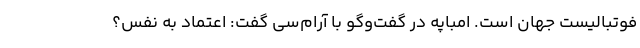
فوتبالیست جهان است. امباپه در گفت‌وگو با آرام‌سی گفت: اعتماد به نفس؟